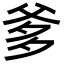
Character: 爹